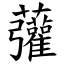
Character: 虇